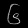
Digit: ၆